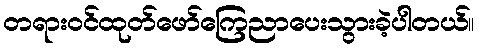
တရားဝင်ထုတ်ဖော်ကြေညာပေးသွားခဲ့ပါတယ်။